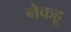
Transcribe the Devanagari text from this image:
नेकहू